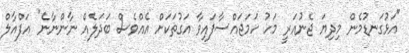
"އަޅުގަނޑުމެން މިދިޔަ ޖެނުއަރީ މަހު ހަމަޖައްސާފައިވާ އަގުތަކަށް އެއްވެސް ބަދަލެއް ނާންނާނެ" އަފްއާލް